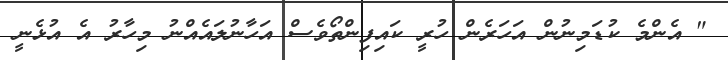
" އެންމެ ކުޑަމިނުން އަހަރެން ހުރީ ކައިފިންތޯވެސް އަހާނުލައެއްނު މިހާރު އެ އުޅެނީ